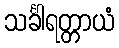
သင်္ခါရတ္တာယံ